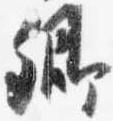
卿